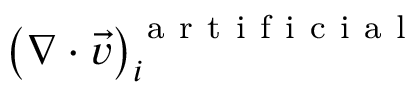
\left( \nabla \cdot \vec { v } \right) _ { i } ^ { \mathrm { ~ a ~ r ~ t ~ i ~ f ~ i ~ c ~ i ~ a ~ l ~ } }